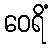
ဝေရိံ